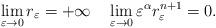
LaTeX: \begin{align*} \lim_{\varepsilon\rightarrow 0} r_\varepsilon=+\infty\quad \lim_{\varepsilon\rightarrow 0}\varepsilon^\alpha r_\varepsilon^{n+1} = 0.\end{align*}